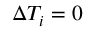
\Delta T _ { i } = 0